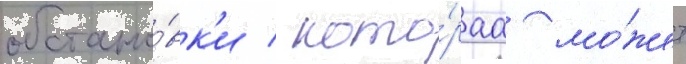
обстано́вк'и / кото́раа мо́жет